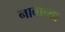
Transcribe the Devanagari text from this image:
नावाव्या